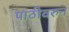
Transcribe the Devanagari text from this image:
पाठीवरुन